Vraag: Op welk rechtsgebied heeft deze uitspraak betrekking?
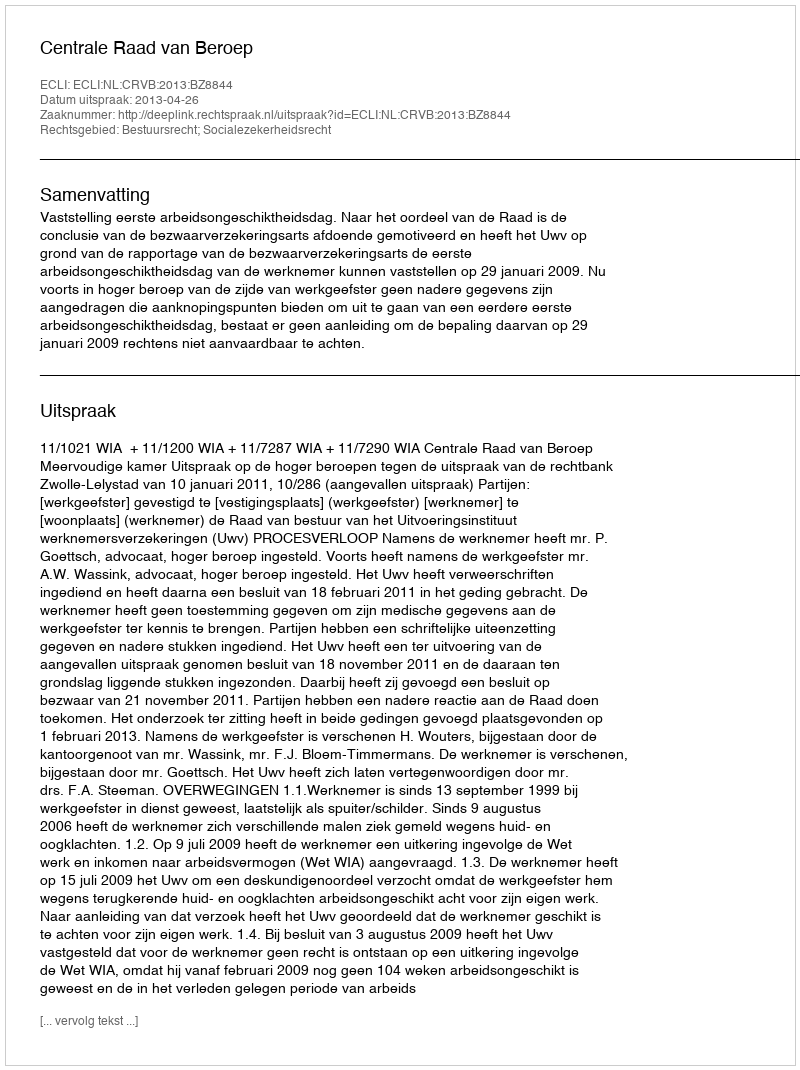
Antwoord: Bestuursrecht; Socialezekerheidsrecht